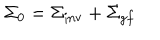
LaTeX: \Sigma _ { 0 } = { \Sigma } _ { \mathrm { i n v } } + { \Sigma } _ { g f }